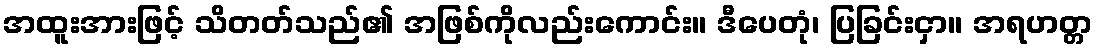
အထူးအားဖြင့် သိတတ်သည်၏ အဖြစ်ကိုလည်းကောင်း။ ဒီပေတုံ၊ ပြခြင်းငှာ။ အရဟတ္တ